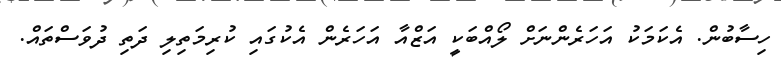
ހިސާބުން. އެކަމަކު އަހަރެންނަށް ލޯއްބަކީ އަޒްއާ އަހަރެން އެކުގައި ކުރިމަތިލި ދަތި ދުވަސްތައް.